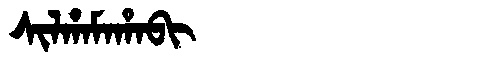
Manchu: ᠰᡳᠯᡥᠠᠮᠠᡥᠠᠪᡳ
Romanization: SILHAMAHABI